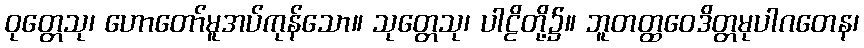
ဝုတ္တေသု၊ ဟောတော်မူအပ်ကုန်သော။ သုတ္တေသု၊ ပါဠိတို့၌။ ဘူတတ္ထဝေဒိတ္တမုပါဂတေန၊